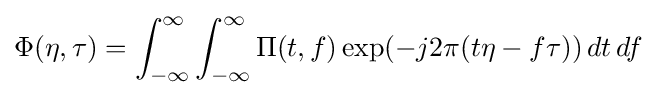
\Phi (\eta ,\tau )=\int _{-\infty }^{\infty }\int _{-\infty }^{\infty }\Pi (t,f)\exp(-j2\pi (t\eta -f\tau ))\,dt\,df